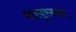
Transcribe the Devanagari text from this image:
शापूरगान